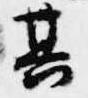
其